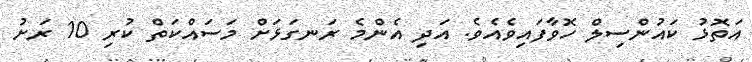
އަތޮޅު ކައުންސިލް ހޮވާފައިވެއެވެ. އަދި އެންމެ ރަނގަޅަށް މަސައްކަތް ކުރި 10 ރަށު